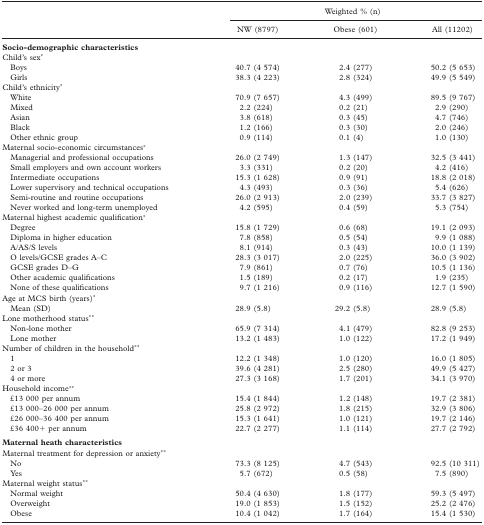
<table><thead><tr><td></td><td colspan="3"><b>Weighted % (n)</b></td></tr><tr><td></td><td><b>NW (8797)</b></td><td><b>Obese (601)</b></td><td><b>All (11202)</b></td></tr></thead><tbody><tr><td><b>Socio-demographic characteristics</b></td><td></td><td></td><td></td></tr><tr><td>Child&#x27;s sex*</td><td></td><td></td><td></td></tr><tr><td> Boys</td><td>40.7 (4 574)</td><td>2.4 (277)</td><td>50.2 (5 653)</td></tr><tr><td> Girls</td><td>38.3 (4 223)</td><td>2.8 (324)</td><td>49.9 (5 549)</td></tr><tr><td>Child&#x27;s ethnicity*</td><td></td><td></td><td></td></tr><tr><td> White</td><td>70.9 (7 657)</td><td>4.3 (499)</td><td>89.5 (9 767)</td></tr><tr><td> Mixed</td><td>2.2 (224)</td><td>0.2 (21)</td><td>2.9 (290)</td></tr><tr><td> Asian</td><td>3.8 (618)</td><td>0.3 (45)</td><td>4.7 (746)</td></tr><tr><td> Black</td><td>1.2 (166)</td><td>0.3 (30)</td><td>2.0 (246)</td></tr><tr><td> Other ethnic group</td><td>0.9 (114)</td><td>0.1 (4)</td><td>1.0 (130)</td></tr><tr><td>Maternal socio-economic circumstances*</td><td></td><td></td><td></td></tr><tr><td> Managerial and professional occupations</td><td>26.0 (2 749)</td><td>1.3 (147)</td><td>32.5 (3 441)</td></tr><tr><td> Small employers and own account workers</td><td>3.3 (331)</td><td>0.2 (20)</td><td>4.2 (416)</td></tr><tr><td> Intermediate occupations</td><td>15.3 (1 628)</td><td>0.9 (91)</td><td>18.8 (2 018)</td></tr><tr><td> Lower supervisory and technical occupations</td><td>4.3 (493)</td><td>0.3 (36)</td><td>5.4 (626)</td></tr><tr><td> Semi-routine and routine occupations</td><td>26.0 (2 913)</td><td>2.0 (239)</td><td>33.7 (3 827)</td></tr><tr><td> Never worked and long-term unemployed</td><td>4.2 (595)</td><td>0.4 (59)</td><td>5.3 (754)</td></tr><tr><td>Maternal highest academic qualification*</td><td></td><td></td><td></td></tr><tr><td> Degree</td><td>15.8 (1 729)</td><td>0.6 (68)</td><td>19.1 (2 093)</td></tr><tr><td> Diploma in higher education</td><td>7.8 (858)</td><td>0.5 (54)</td><td>9.9 (1 088)</td></tr><tr><td> A/AS/S levels</td><td>8.1 (914)</td><td>0.3 (43)</td><td>10.0 (1 139)</td></tr><tr><td> O levels/GCSE grades A—C</td><td>28.3 (3 017)</td><td>2.0 (225)</td><td>36.0 (3 902)</td></tr><tr><td> GCSE grades D—G</td><td>7.9 (861)</td><td>0.7 (76)</td><td>10.5 (1 136)</td></tr><tr><td> Other academic qualifications</td><td>1.5 (189)</td><td>0.2 (17)</td><td>1.9 (235)</td></tr><tr><td> None of these qualifications</td><td>9.7 (1 216)</td><td>0.9 (116)</td><td>12.7 (1 590)</td></tr><tr><td>Age at MCS birth (years)*</td><td></td><td></td><td></td></tr><tr><td> Mean (SD)</td><td>28.9 (5.8)</td><td>29.2 (5.8)</td><td>28.9 (5.8)</td></tr><tr><td>Lone motherhood status**</td><td></td><td></td><td></td></tr><tr><td> Non-lone mother</td><td>65.9 (7 314)</td><td>4.1 (479)</td><td>82.8 (9 253)</td></tr><tr><td> Lone mother</td><td>13.2 (1 483)</td><td>1.0 (122)</td><td>17.2 (1 949)</td></tr><tr><td>Number of children in the household**</td><td></td><td></td><td></td></tr><tr><td> 1</td><td>12.2 (1 348)</td><td>1.0 (120)</td><td>16.0 (1 805)</td></tr><tr><td> 2 or 3</td><td>39.6 (4 281)</td><td>2.5 (280)</td><td>49.9 (5 427)</td></tr><tr><td> 4 or more</td><td>27.3 (3 168)</td><td>1.7 (201)</td><td>34.1 (3 970)</td></tr><tr><td>Household income**</td><td></td><td></td><td></td></tr><tr><td> £13 000 per annum</td><td>15.4 (1 844)</td><td>1.2 (148)</td><td>19.7 (2 381)</td></tr><tr><td> £13 000–26 000 per annum</td><td>25.8 (2 972)</td><td>1.8 (215)</td><td>32.9 (3 806)</td></tr><tr><td> £26 000–36 400 per annum</td><td>15.3 (1 641)</td><td>1.0 (121)</td><td>19.7 (2 146)</td></tr><tr><td> £36 400+ per annum</td><td>22.7 (2 277)</td><td>1.1 (114)</td><td>27.7 (2 792)</td></tr><tr><td><b>Maternal heath characteristics</b></td><td></td><td></td><td></td></tr><tr><td>Maternal treatment for depression or anxiety**</td><td></td><td></td><td></td></tr><tr><td> No</td><td>73.3 (8 125)</td><td>4.7 (543)</td><td>92.5 (10 311)</td></tr><tr><td> Yes</td><td>5.7 (672)</td><td>0.5 (58)</td><td>7.5 (890)</td></tr><tr><td>Maternal weight status**</td><td></td><td></td><td></td></tr><tr><td> Normal weight</td><td>50.4 (4 630)</td><td>1.8 (177)</td><td>59.3 (5 497)</td></tr><tr><td> Overweight</td><td>19.0 (1 853)</td><td>1.5 (152)</td><td>25.2 (2 476)</td></tr><tr><td> Obese</td><td>10.4 (1 042)</td><td>1.7 (164)</td><td>15.4 (1 530)</td></tr></tbody></table>